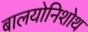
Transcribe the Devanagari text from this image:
बालयोनिशोथ